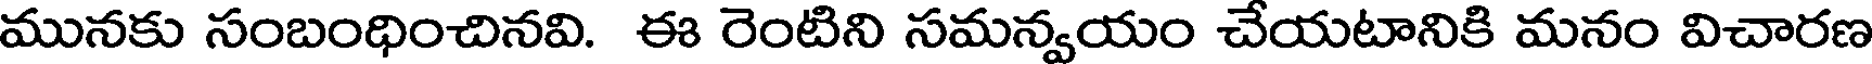
మునకు సంబంధించినవి. ఈ రెంటిని సమన్వయం చేయటానికి మనం విచారణ